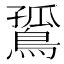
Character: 𪂲